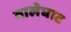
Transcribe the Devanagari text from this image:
वालेघाट